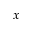
x